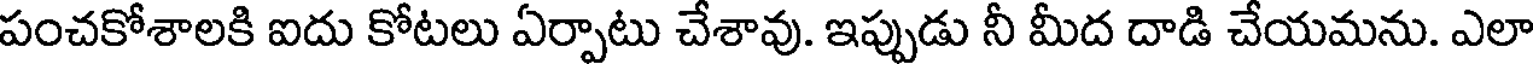
పంచకోశాలకి ఐదు కోటలు ఏర్పాటు చేశావు. ఇప్పుడు నీ మీద దాడి చేయమను. ఎలా